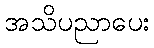
အသိပညာပေး